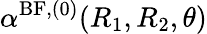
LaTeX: \alpha^{\mathrm{BF},(0)}(R_{1},R_{2},\theta)